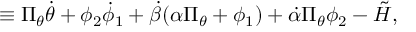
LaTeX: \equiv \Pi _ { \theta } \dot { \theta } + \phi _ { 2 } \dot { \phi } _ { 1 } + \dot { \beta } ( \alpha \Pi _ { \theta } + \phi _ { 1 } ) + \dot { \alpha } \Pi _ { \theta } \phi _ { 2 } - \tilde { \cal H } ,